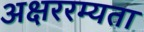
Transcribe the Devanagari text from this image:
अक्षररम्यता